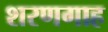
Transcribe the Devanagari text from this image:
शरणगाह